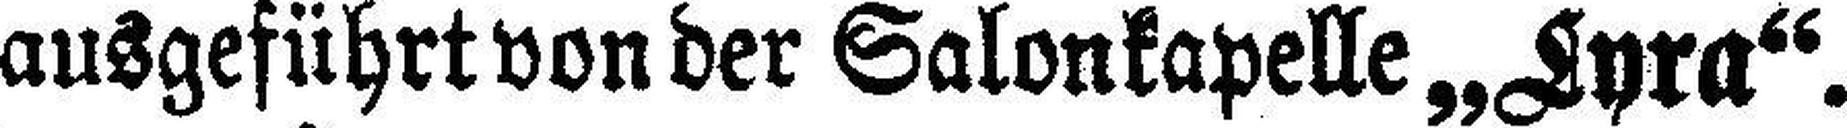
ausgeführt von der Salonkapelle „Lyra“.